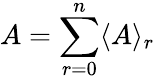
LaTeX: A=\sum_{r=0}^{n}\langle A\rangle_{r}